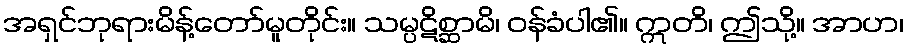
အရှင်ဘုရားမိန့်တော်မူတိုင်း။ သမ္ပဋိစ္ဆာမိ၊ ဝန်ခံပါ၏။ ဣတိ၊ ဤသို့။ အာဟ၊